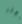
أكثر